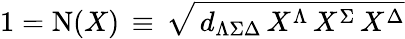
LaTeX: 1=\mathrm{N}(X)\, \equiv\, \sqrt{\, d_{\Lambda\Sigma\Delta}\, X^{\Lambda}\, X^{\Sigma}\, X^{\Delta}}